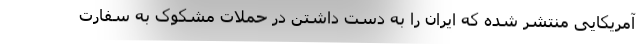
آمریکایی منتشر شده که ایران را به دست داشتن در حملات مشکوک به سفارت